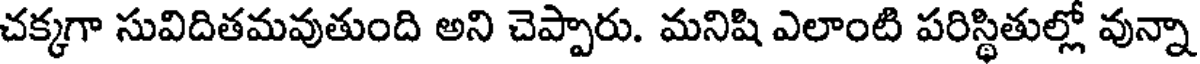
చక్కగా సువిదితమవుతుంది అని చెప్పారు. మనిషి ఎలాంటి పరిస్థితుల్లో వున్నా